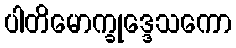
ပါတိမောက္ခုဒ္ဒေသကော